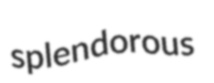
splendorous